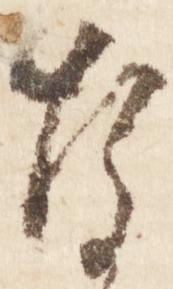
な